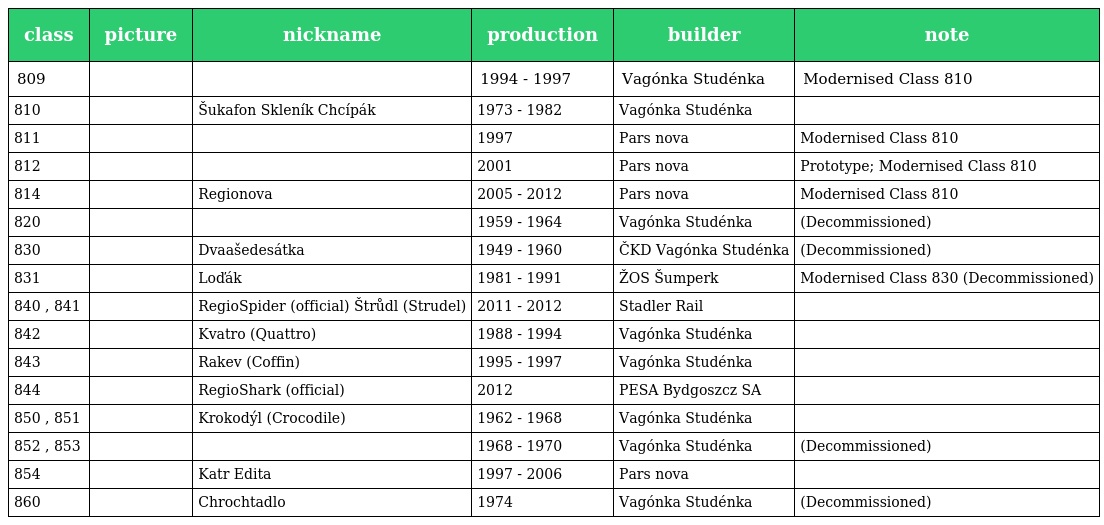
| class | picture | nickname | production | builder | note |
 | --- | --- | --- | --- | --- | --- |
 | 809 |  |  | 1994 - 1997 | Vagónka Studénka | Modernised Class 810 |
 | 810 |  | Šukafon Skleník Chcípák | 1973 - 1982 | Vagónka Studénka |  |
 | 811 |  |  | 1997 | Pars nova | Modernised Class 810 |
 | 812 |  |  | 2001 | Pars nova | Prototype; Modernised Class 810 |
 | 814 |  | Regionova | 2005 - 2012 | Pars nova | Modernised Class 810 |
 | 820 |  |  | 1959 - 1964 | Vagónka Studénka | (Decommissioned) |
 | 830 |  | Dvaašedesátka | 1949 - 1960 | ČKD Vagónka Studénka | (Decommissioned) |
 | 831 |  | Loďák | 1981 - 1991 | ŽOS Šumperk | Modernised Class 830 (Decommissioned) |
 | 840 , 841 |  | RegioSpider (official) Štrůdl (Strudel) | 2011 - 2012 | Stadler Rail |  |
 | 842 |  | Kvatro (Quattro) | 1988 - 1994 | Vagónka Studénka |  |
 | 843 |  | Rakev (Coffin) | 1995 - 1997 | Vagónka Studénka |  |
 | 844 |  | RegioShark (official) | 2012 | PESA Bydgoszcz SA |  |
 | 850 , 851 |  | Krokodýl (Crocodile) | 1962 - 1968 | Vagónka Studénka |  |
 | 852 , 853 |  |  | 1968 - 1970 | Vagónka Studénka | (Decommissioned) |
 | 854 |  | Katr Edita | 1997 - 2006 | Pars nova |  |
 | 860 |  | Chrochtadlo | 1974 | Vagónka Studénka | (Decommissioned) |